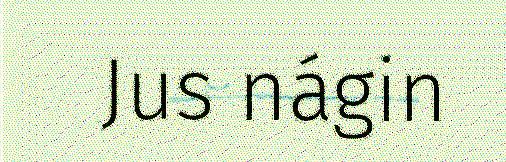
Jus nágin